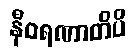
နီဝရဏာတိပိ